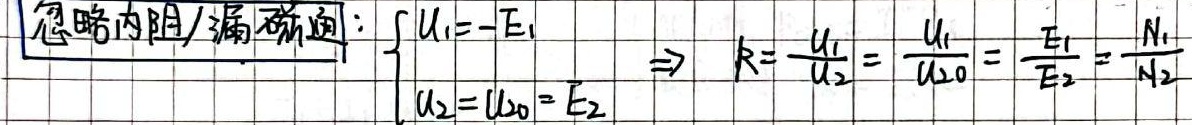
忽略内阻/漏磁通：
\(\begin{cases}
U_1=-E_1\\
U_2 = U_{20}=E_2
\end{cases}\Rightarrow R=\frac{U_1}{U_2}=\frac{U_1}{U_{20}}=\frac{E_1}{E_2}=\frac{N_1}{N_2}\)